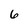
Character: 6